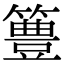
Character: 𥴡